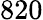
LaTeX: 820